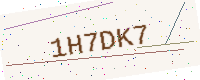
Text: 1H7DK7